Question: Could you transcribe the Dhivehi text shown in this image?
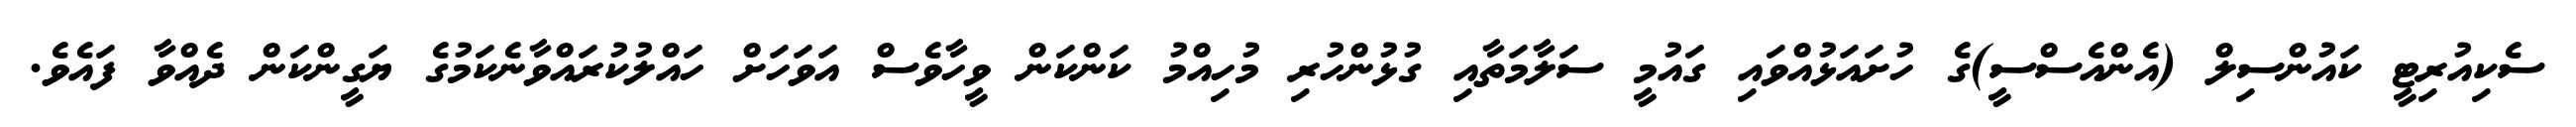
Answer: ސެކިއުރިޓީ ކައުންސިލް (އެންއެސްސީ)ގެ ހުށައަޅުއްވައި ގައުމީ ސަލާމަތާއި ގުޅުންހުރި މުހިއްމު ކަންކަން ވީހާވެސް އަވަހަށް ހައްލުކުރައްވާނެކަމުގެ ޔަގީންކަން ދެއްވާ ފައެވެ.